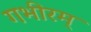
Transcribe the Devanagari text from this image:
गभीरम्